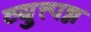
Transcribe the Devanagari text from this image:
व्युत्त्पन्न